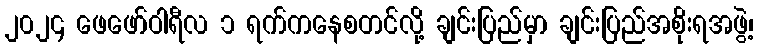
၂၀၂၄ ဖေဖော်ဝါရီလ ၁ ရက်ကနေစတင်လို့ ချင်းပြည်မှာ ချင်းပြည်အစိုးရအဖွဲ့၊